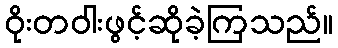
ဝိုးတဝါးဖွင့်ဆိုခဲ့ကြသည်။